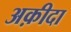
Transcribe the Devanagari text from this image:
अक़ीदा